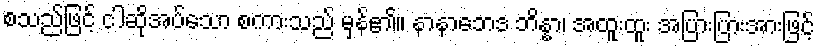
စသည်ဖြင့် ငါဆိုအပ်သော စကားသည် မှန်၏။ နာနာဘေဒ ဘိန္နာ၊ အထူးထူး အပြားပြားအားဖြင့်